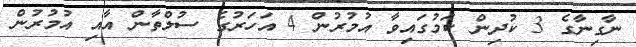
ނާގިނާގެ 3 ކުދިން ކަމުގައިވާ އުމުރުން 4 އަހަރުގެ ސުލްތާން އާއި އުމުރުން